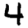
Digit: 4